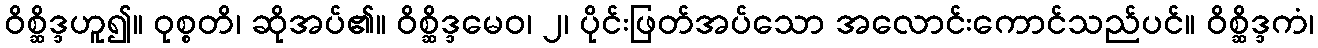
ဝိစ္ဆိဒ္ဒဟူ၍။ ဝုစ္စတိ၊ ဆိုအပ်၏။ ဝိစ္ဆိဒ္ဒမေဝ၊ ၂၊ ပိုင်းဖြတ်အပ်သော အလောင်းကောင်သည်ပင်။ ဝိစ္ဆိဒ္ဒကံ၊